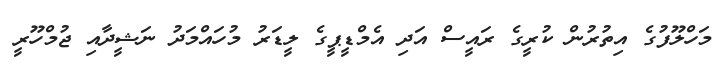
މަހްލޫފުގެ އިތުރުން ކުރީގެ ރައީސް އަދި އެމްޑީޕީގެ ލީޑަރު މުހައްމަދު ނަޝީދާއި ޖުމްހޫރީ